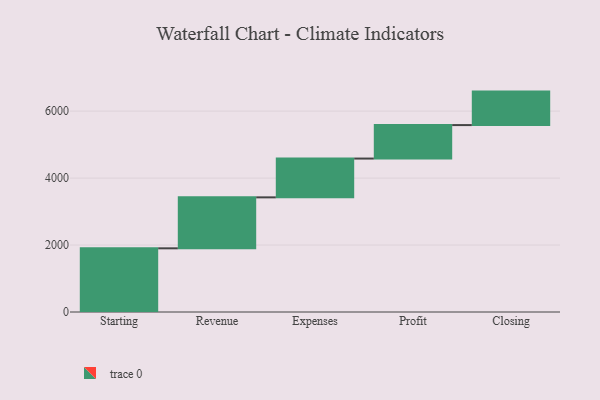
{"axis": {"x": "Step", "y": "Value"}, "legend": [""], "data": [{"x": "Starting", "y": 1902.0, "type": ""}, {"x": "Revenue", "y": 1522.0, "type": ""}, {"x": "Expenses", "y": 1159.0, "type": ""}, {"x": "Profit", "y": 1000, "type": ""}, {"x": "Closing", "y": 1000, "type": ""}]}